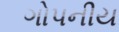
ગોપનીય